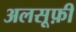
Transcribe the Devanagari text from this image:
अलसूफ़ी